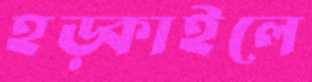
হড়্‌কাইলে